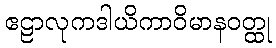
ဧဠာလုကဒါယိကာဝိမာနဝတ္ထု